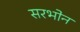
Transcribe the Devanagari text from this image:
सरभोन